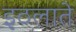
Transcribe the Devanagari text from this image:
इठलाते